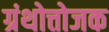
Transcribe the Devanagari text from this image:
ग्रंथोत्तोजक